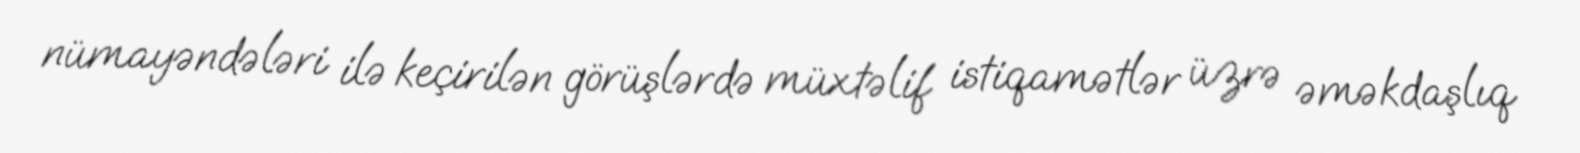
nümayəndələri ilə keçirilən görüşlərdə müxtəlif istiqamətlər üzrə əməkdaşlıq